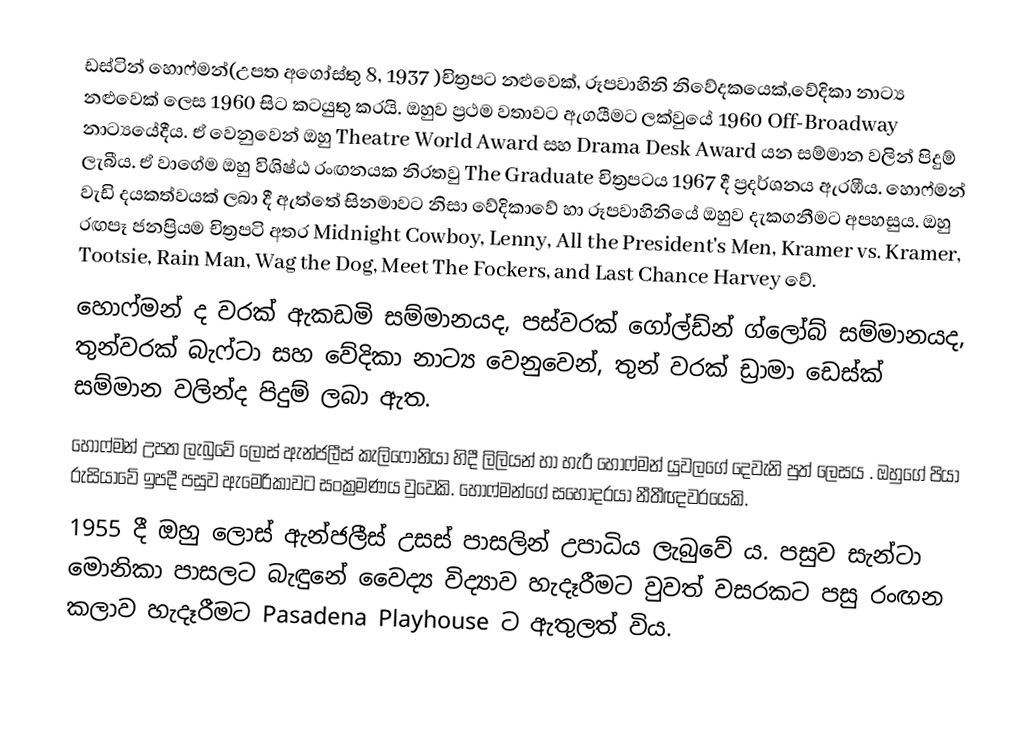
ඩස්ටින් හොෆ්මන්(උපත අගෝස්තු 8, 1937 )චිත්‍රපට නළුවෙක්, රූපවාහිනි නිවේදකයෙක්,වේදිකා නාට්‍ය නළුවෙක් ලෙස 1960 සිට කටයුතු කරයි. ඔහුව ප්‍රථම වතාවට ඇගයීමට ලක්වුයේ 1960 Off-Broadway නාට්‍යයේදීය. ඒ වෙනුවෙන් ඔහු Theatre World Award සහ Drama Desk Award යන සම්මාන වලින් පිදුම් ලැබීය. ඒ වාගේම ඔහු විශිෂ්ඨ රංඟනයක නිරතවු The Graduate චිත්‍රපටය 1967 දී ප්‍රදර්ශනය ඇරඹීය. හොෆ්මන් වැඩි දයකත්වයක් ලබා දී ඇත්තේ සිනමාවට නිසා වේදිකාවේ හා රූපවාහිනියේ ඔහුව දැකගනීමට අපහසුය. ඔහු රඟපෑ ජනප්‍රියම චිත්‍රපටි අතර Midnight Cowboy, Lenny, All the President's Men, Kramer vs. Kramer, Tootsie, Rain Man, Wag the Dog, Meet The Fockers, and Last Chance Harvey වේ.
හොෆ්මන් ද වරක් ඇකඩමි සම්මානයද, පස්වරක් ගෝල්ඩ්න් ග්ලෝබ් සම්මානයද, තුන්වරක් බැෆ්ටා සහ වේදිකා නාට්‍ය වෙනුවෙන්, තුන් වරක් ඩ්‍රාමා ඩෙස්ක් සම්මාන වලින්ද පිදුම් ලබා ඇත.
හොෆ්මන් උපත ලැබුවේ ලොස් ඇන්ජලීස් කැලිෆෝනියා හිදී ලිලියන් හා හැරී හොෆ්මන් යුවලගේ දෙවැනි පුත් ලෙසය . ඔහුගේ පියා රුසියාවේ ඉපදී පසුව ඇමෙරිකාවට සංක්‍රමණය වුවෙකි. හොෆ්මන්ගේ සහෝදරයා නීතීඥවරයෙකි.
1955 දී ඔහු ලොස් ඇන්ජලීස් උසස් පාසලින් උපාධිය ලැබුවේ ය. පසුව සැන්ටා මොනිකා පාසලට බැඳුනේ වෛද්‍ය විද්‍යාව හැදෑරීමට වුවත් වසරකට පසු රංඟන කලාව හැදෑරීමට Pasadena Playhouse ට ඇතුලත් විය.